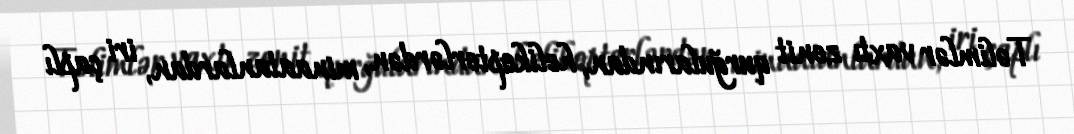
Təlimlər vaxtı zenit qurğularından, helikopterlərdən, minaatanlardan, iri çaplı